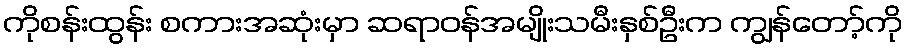
ကိုစန်းထွန်း စကားအဆုံးမှာ ဆရာဝန်အမျိုးသမီးနှစ်ဦးက ကျွန်တော့်ကို